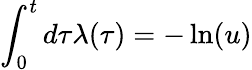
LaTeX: \int_{0}^{t}d\tau\lambda(\tau)=-\ln(u)